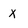
Character: x